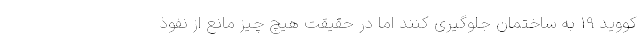
کووید 19 به ساختمان جلوگیری کنند اما در حقیقت هیچ چیز مانع از نفوذ